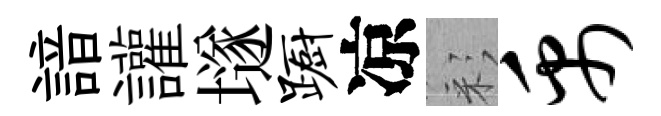
諳讙𡑞蹰凉彩禹